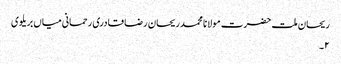
ریحان ملت حضرت مولانا محمد ریحان رضا قادری رحمانی میاں بریلوی
۲۔